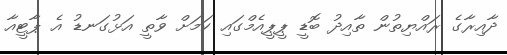
ދާއިރާގެ ރައްޔިތުން ތާއިދު ބޮޑީ ޕީޕީއެމްގައި ކަމަށް ވާތީ އަޅުގަނޑު އެ ޕާޓީއާ